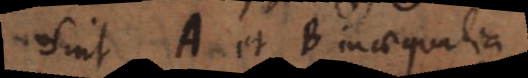
Sint A et B inaequalia